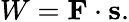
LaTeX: W=\mathbf{F}\cdot\mathbf{s}.